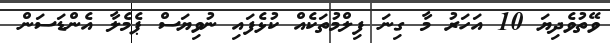
ވޭތުވެދިޔަ 10 އަހަރު މާ ގިނަ ފިލްމުތަކެއް ކުޅެފައި ނުވިޔަސް ޕެމެލާ އެންޑަސަން